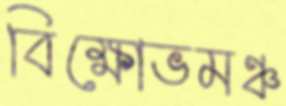
বিক্ষোভমঞ্চ